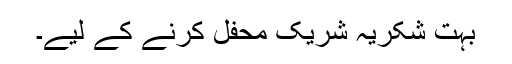
بہت شکریہ شریک محفل کرنے کے لیے۔